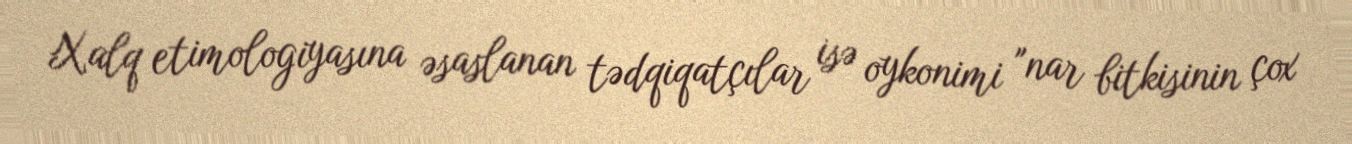
Xalq etimologiyasına əsaslanan tədqiqatçılar isə oykonimi "nar bitkisinin çox